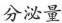
分泌量